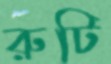
রুটি